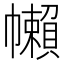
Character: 𢅭